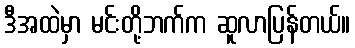
ဒီအထဲမှာ မင်းတို့ဘက်က ဆူလာပြန်တယ်။